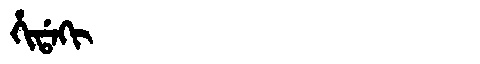
Manchu: ᡥᡳᡩᠠᡴᡳ
Romanization: HIDAKI